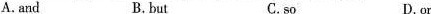
A. and B.but C.so D.or